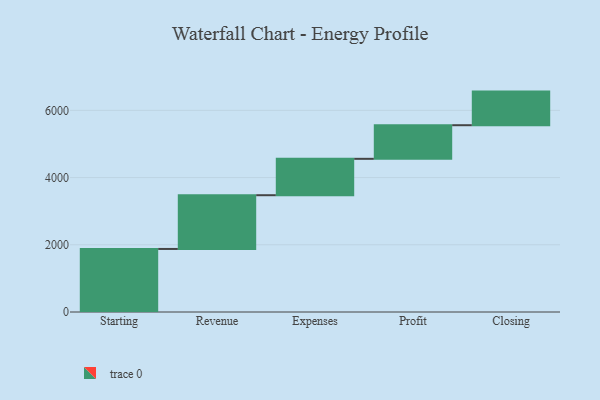
{"axis": {"x": "Step", "y": "Value"}, "legend": [""], "data": [{"x": "Starting", "y": 1876.0, "type": ""}, {"x": "Revenue", "y": 1599.0, "type": ""}, {"x": "Expenses", "y": 1083.0, "type": ""}, {"x": "Profit", "y": 1000, "type": ""}, {"x": "Closing", "y": 1000, "type": ""}]}